Trukikaitis_Postimees, lk 14
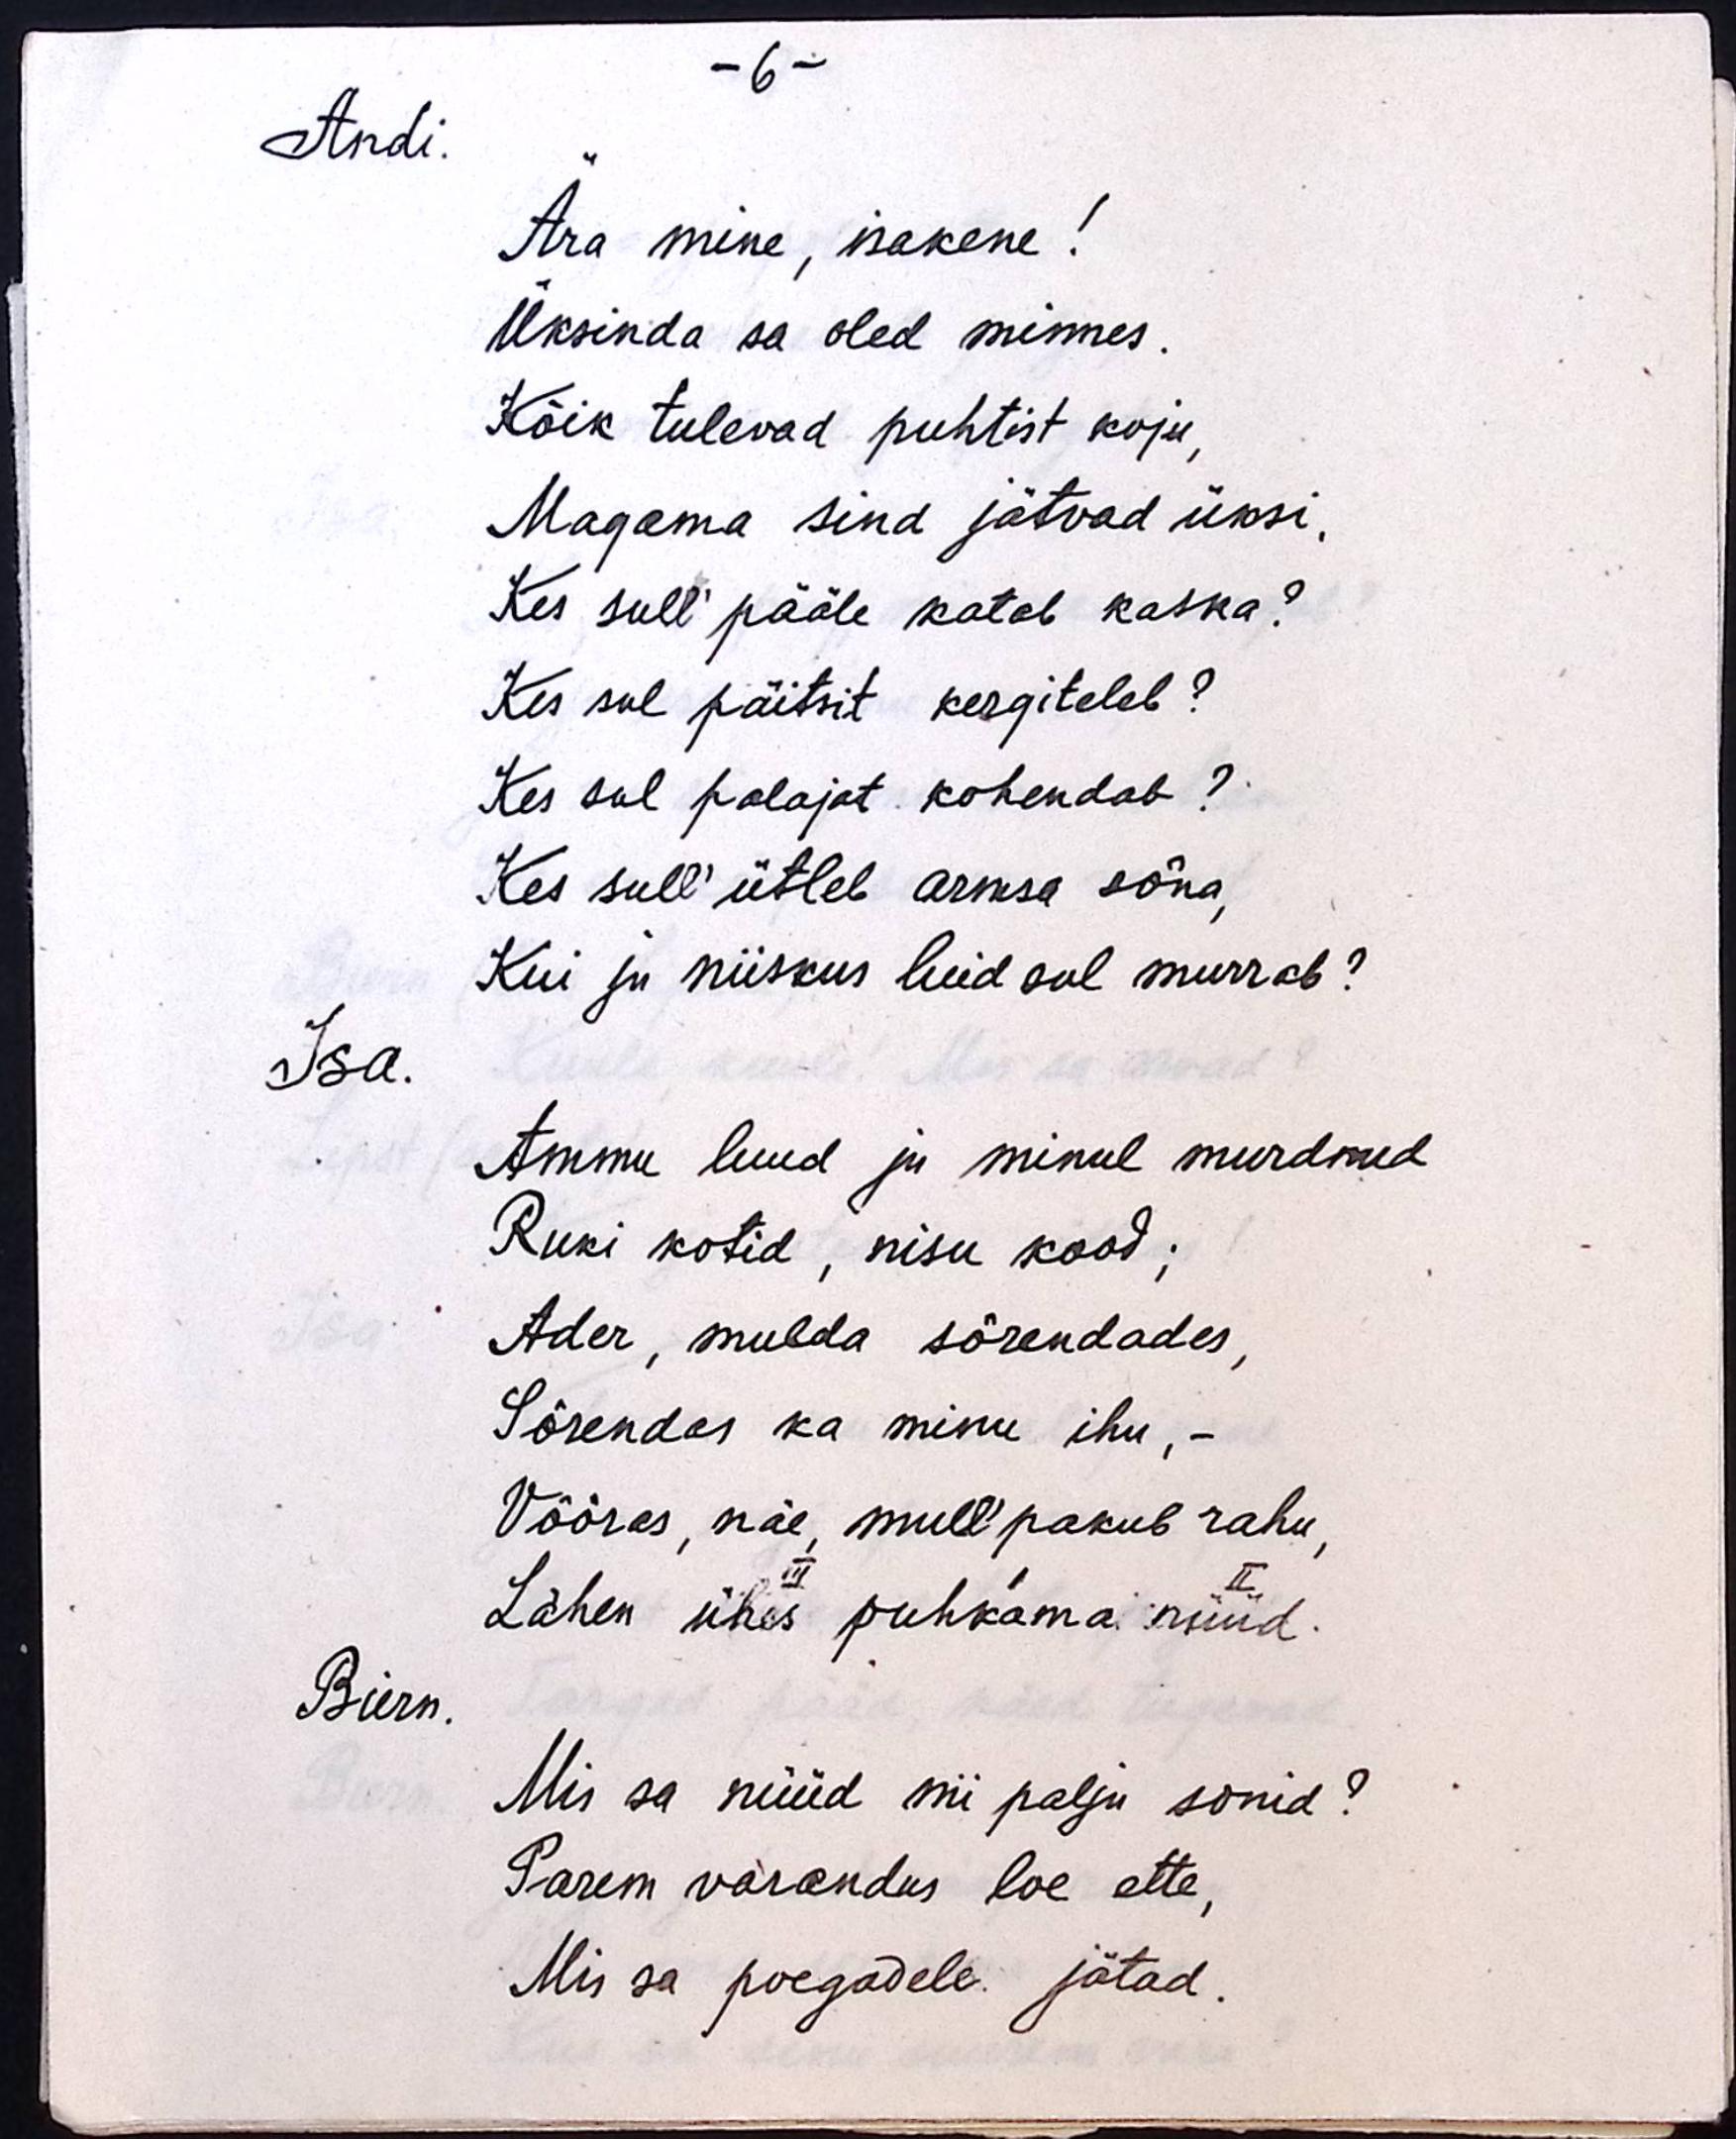
- 6 -
Andi.
Ära mine, isakene!
Üksinda sa oled minnes.
Kõik tulevad puhtist koju,
Magama sind jätvad üksi,
Kes sull´ pääle katab kaska?
Kes sul päitsit kergiteleb?
Kes sul palajat kohendab?
Kes sull´ ütleb armsa sõna,
Kui ju niiskus luid sul murrab?
Isa.
Ammu luud ju minul murdnud
Ruki kotid, nisu kood;
Ader, mulda sõrendades,
Sõrendas ka minu ihu, -
Võõras, näe, mull´ pakub rahu,
III
I
II
Lähen ühes puhkama nüüd.
Biern.
Mis sa nüüd nii palju sonid?
Parem varandus loe ette,
Mis sa poegadele jätad.